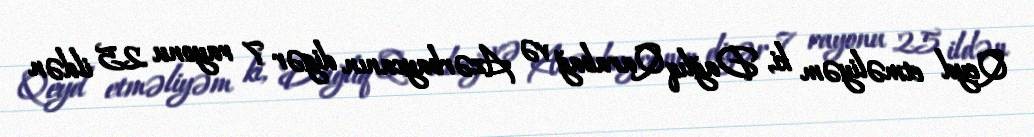
Qeyd etməliyəm ki, Dağlıq Qarabağ və Azərbaycanın digər 7 rayonu 25 ildən